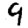
Digit: 9